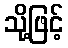
သို့ဖြင့်